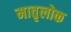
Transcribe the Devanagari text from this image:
मातृलोक